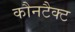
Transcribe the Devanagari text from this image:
कौनटैक्ट